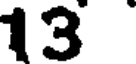
13